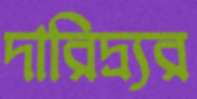
দারিদ্র্যর